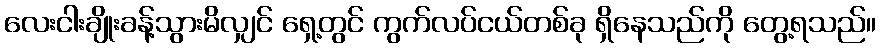
လေးငါးချိုးခန့်သွားမိလျှင် ရှေ့တွင် ကွက်လပ်ငယ်တစ်ခု ရှိနေသည်ကို တွေ့ရသည်။